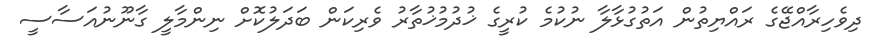
ދިވެހިރާއްޖޭގެ ރައްޔިތުން އަތުގުޅާލާ ނުކުމެ ކުރީގެ ޚުދުމުޚުތާރު ވެރިކަން ބަދަލުކޮށް ނިންމާލީ ގާނޫނުއަސާސީ